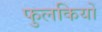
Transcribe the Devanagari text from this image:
फुलकियों